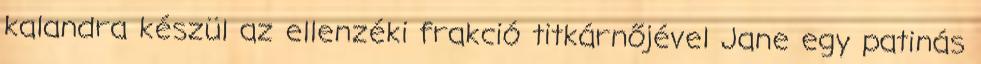
kalandra készül az ellenzéki frakció titkárnőjével Jane egy patinás